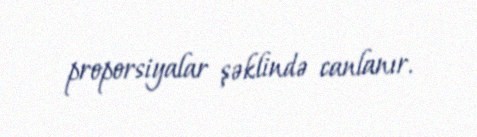
proporsiyalar şəklində canlanır.